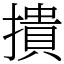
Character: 撌